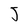
Character: J